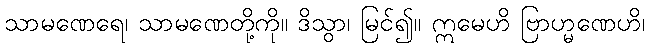
သာမဏေရေ၊ သာမဏေတို့ကို။ ဒိသွာ၊ မြင်၍။ ဣမေဟိ ဗြာဟ္မဏေဟိ၊